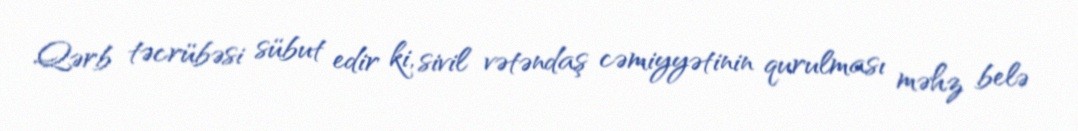
Qərb təcrübəsi sübut edir ki, sivil vətəndaş cəmiyyətinin qurulması məhz belə